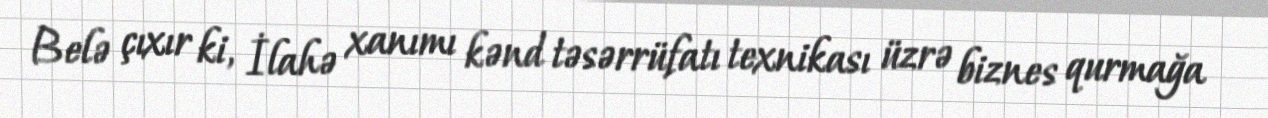
Belə çıxır ki, İlahə xanımı kənd təsərrüfatı texnikası üzrə biznes qurmağa